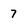
Character: 7